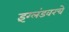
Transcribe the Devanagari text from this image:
इंग्लंडवरचे